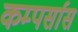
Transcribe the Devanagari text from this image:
कम्पर्सास